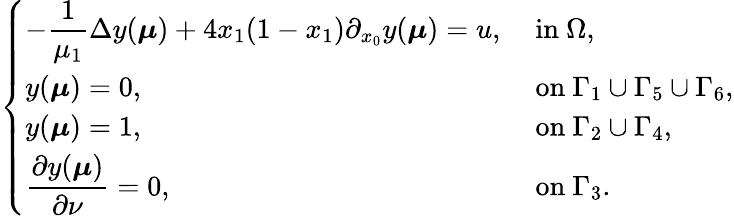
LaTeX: \left\{ \begin{array}{ll}{\displaystyle-\frac{1}{{\mu_{1}}}\Delta y(\boldsymbol{\mu})+4x_{1}(1-x_{1})\partial_{x_{0}}y(\boldsymbol{\mu})=u,}&{\mathrm{~in~}\Omega,}\\ {y(\boldsymbol{\mu})=0,}&{\mathrm{~on~}\Gamma_{1}\cup\Gamma_{5}\cup\Gamma_{6},}\\ {y(\boldsymbol{\mu})=1,}&{\mathrm{~on~}\Gamma_{2}\cup\Gamma_{4},}\\ {\displaystyle\frac{\partial y(\boldsymbol{\mu})}{\partial\nu}=0,}&{\mathrm{~on~}\Gamma_{3}.}\end{array}\right.